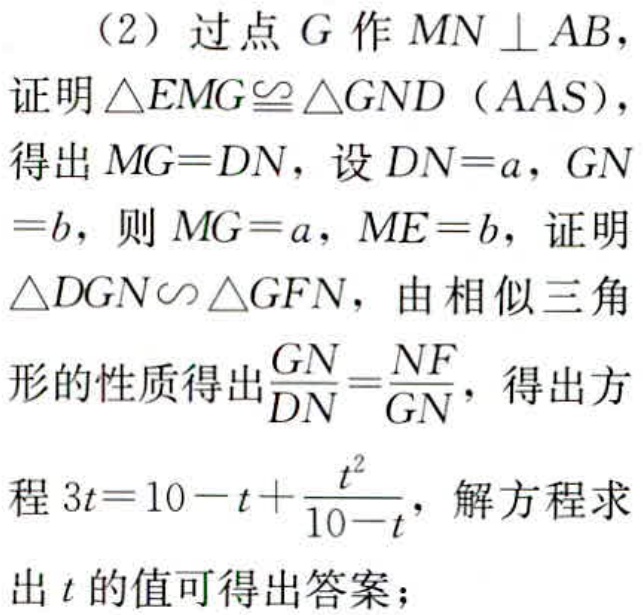
（2）过点\(G\)作\(MN\perp AB\)，

证明\(\triangle EMG\cong\triangle GND\)（AAS），

得出\(MG = DN\)，设\(DN = a\)，\(GN = b\)，则\(MG = a\)，\(ME = b\)，证明

\(\triangle DGN\sim\triangle GFN\)，由相似三角

形的性质得出\(\frac{GN}{DN}=\frac{NF}{GN}\)，得出方

程\(3t = 10 - t+\frac{t^{2}}{10 - t}\)，解方程求

出\(t\)的值可得出答案；